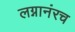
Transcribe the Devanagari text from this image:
लग्नानंरच